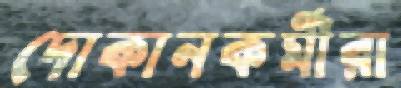
দোকানকর্মীরা